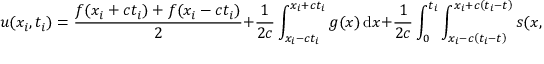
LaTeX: u ( x _ { i } , t _ { i } ) = { \frac { f ( x _ { i } + c t _ { i } ) + f ( x _ { i } - c t _ { i } ) } { 2 } } + { \frac { 1 } { 2 c } } \int _ { x _ { i } - c t _ { i } } ^ { x _ { i } + c t _ { i } } g ( x ) \, \mathrm { d } x + { \frac { 1 } { 2 c } } \int _ { 0 } ^ { t _ { i } } \int _ { x _ { i } - c \left( t _ { i } - t \right) } ^ { x _ { i } + c \left( t _ { i } - t \right) } s ( x , t ) \, \mathrm { d } x \, \mathrm { d } t .